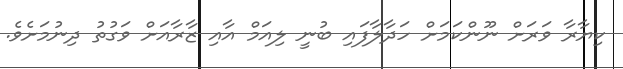
ކިޔާރާ ވަރަށް ނޫންކަމަށް ހަދާލާފައި ބުނީ ލިއަމް އާއި ޒާރާއަށް ވަގުތު ދިނުމަށެވެ.